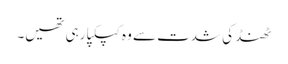
ٹھنڈ کی شدت سے وہ کپکپا رہی تھیں۔